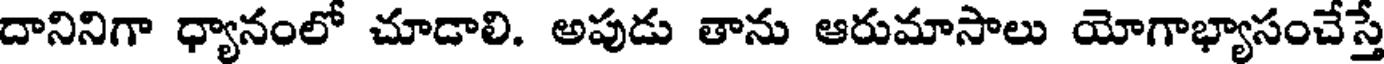
దానినిగా ధ్యానంలో చూడాలి. అపుడు తాను ఆరుమాసాలు యోగాభ్యాసంచేస్తే